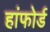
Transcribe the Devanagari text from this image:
हांफोर्ड